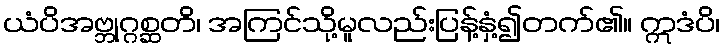
ယံပိအဗ္ဘုဂ္ဂစ္ဆတိ၊ အကြင်သို့မူလည်းပြန့်နှံ့၍တက်၏။ ဣဒံပိ၊